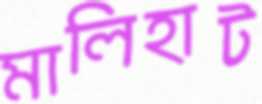
মালিহাট